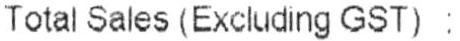
TOTAL SALES (EXCLUDING GST) :